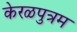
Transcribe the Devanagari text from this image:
केरळपुत्रम